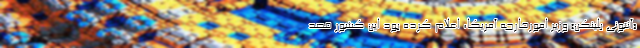
«آنتونی بلینکن» وزیر امورخارجه آمریکا، اعلام کرده بود این کشور قصد